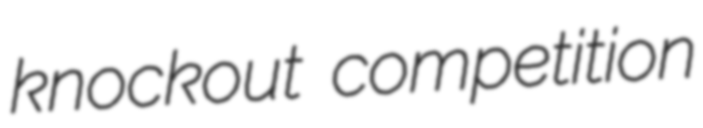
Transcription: knockout competition